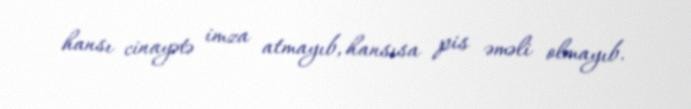
hansı cinayətə imza atmayıb, hansısa pis əməli olmayıb.